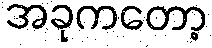
အခုကတော့